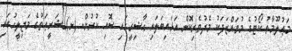
މަޢުލޫމާތު ކޯޓުގެ މުވައްޒަފަކު މެދުވެރިކޮށް އަޅައިބަލައި ޙާޟިރީގައި ސޮއި ކުރުން. (ށ)	ޝަރީޢަތުގެ މަޖިލީހުގައި